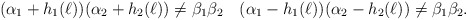
\begin{align*} (\alpha_1 + h_1(\ell)) (\alpha_2 + h_2(\ell)) \ne \beta_1 \beta_2 \quad (\alpha_1 - h_1(\ell)) (\alpha_2 - h_2(\ell)) \ne \beta_1 \beta_2.\end{align*}